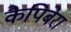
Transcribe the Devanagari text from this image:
कैपिबेरा